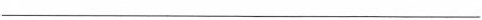
___